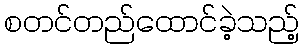
စတင်တည်ထောင်ခဲ့သည့်